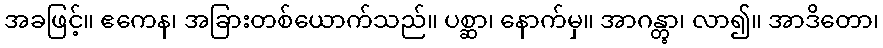
အခဖြင့်။ ဧကေန၊ အခြားတစ်ယောက်သည်။ ပစ္ဆာ၊ နောက်မှ။ အာဂန္တွာ၊ လာ၍။ အာဒိတော၊